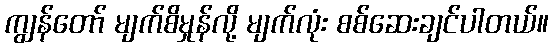
ကျွန်တော် မျက်စိမှုန်လို့ မျက်လုံး စစ်ဆေးချင်ပါတယ်။